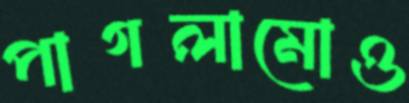
পাগলামোও